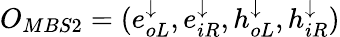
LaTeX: O_{MBS2}=(e_{oL}^{\downarrow},e_{iR}^{\downarrow},h_{oL}^{\downarrow},h_{iR}^{\downarrow})